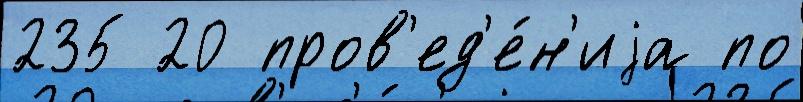
235 20 пров'ед'е́н'иjа по